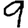
Digit: 9